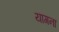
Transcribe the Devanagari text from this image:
यागना